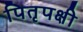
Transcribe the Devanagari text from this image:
पितृपक्षी